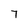
Character: 7